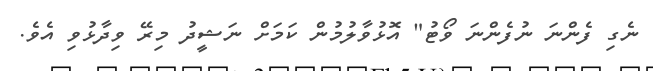
ނެގި ފެންނަ ނުފެންނަ ވޯޓު" އޮޅުވާލުމުން ކަމަށް ނަޝީދު މިރޭ ވިދާޅުވި އެވެ.